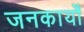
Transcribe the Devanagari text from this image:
जनकार्यों